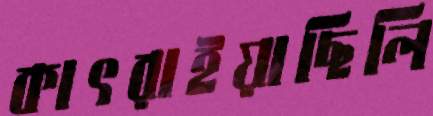
কাৎরাইয়াছিলি